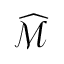
\widehat { \mathcal { M } }